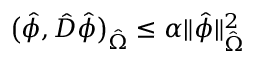
\big ( \hat { \phi } , \hat { D } \hat { \phi } \big ) _ { \hat { \Omega } } \leq \alpha \| \hat { \phi } \| _ { \hat { \Omega } } ^ { 2 }